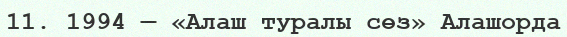
11. 1994 — «Алаш туралы сөз» Алашорда